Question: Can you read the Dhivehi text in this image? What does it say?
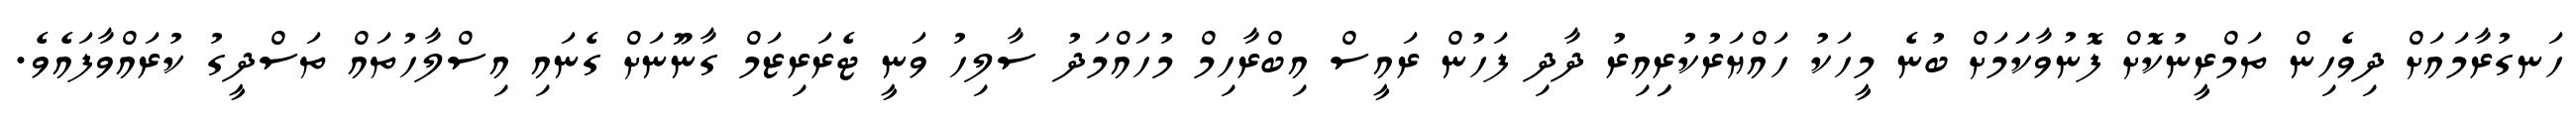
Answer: ހަނގުރާމައަށް ދިވެހިން ތަމްރީނުކޮށް ފޮނުވާކަަމަށް ބުނެ މީހަކު ހައްޔަރުކުރިިއިރު ދާދި ފަހުން ރައީސް އިބްރާހިމް މުހައްމަދު ސާލިހު ވަނީ ޓެރަރިޒަމް ގާނޫނަށް ގެނައި އިސްލާހުތައް ތަސްދީގު ކުރައްވާފައެވެ.